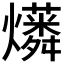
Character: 𤒑